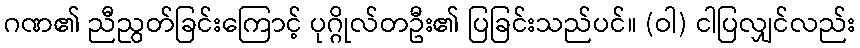
ဂဏ၏ ညီညွတ်ခြင်းကြောင့် ပုဂ္ဂိုလ်တဦး၏ ပြခြင်းသည်ပင်။ (ဝါ) ငါပြလျှင်လည်း